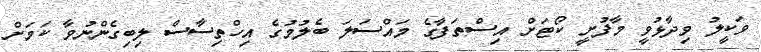
ވަކީލު ވިދާޅުވީ މާފުށީ ކޯޓަށް އިސްތަފާގެ މައްސަލަ ބެލުމުގެ އިހްތިސާސް ލިބިގެންނުވާ ކަމަށް